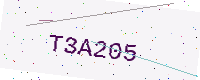
Text: T3A205